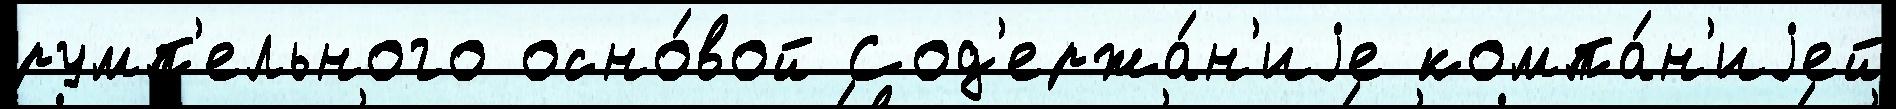
румп'ельного осно́вой Сод'ержа́н'иjе компа́н'иjей